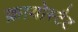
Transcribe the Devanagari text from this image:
क्रायोस्टैट